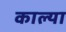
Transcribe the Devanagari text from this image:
काल्या